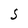
Character: S